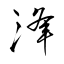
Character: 浲